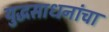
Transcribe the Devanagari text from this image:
युद्धसाधनांचा